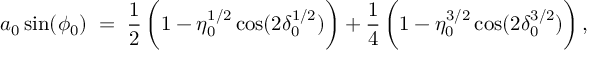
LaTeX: a _ { 0 } \sin ( \phi _ { 0 } ) \; = \; \frac { 1 } { 2 } \, \biggl ( 1 - \eta _ { 0 } ^ { 1 / 2 } \cos ( 2 \delta _ { 0 } ^ { 1 / 2 } ) \biggr ) + \frac { 1 } { 4 } \, \biggl ( 1 - \eta _ { 0 } ^ { 3 / 2 } \cos ( 2 \delta _ { 0 } ^ { 3 / 2 } ) \biggr ) \, ,